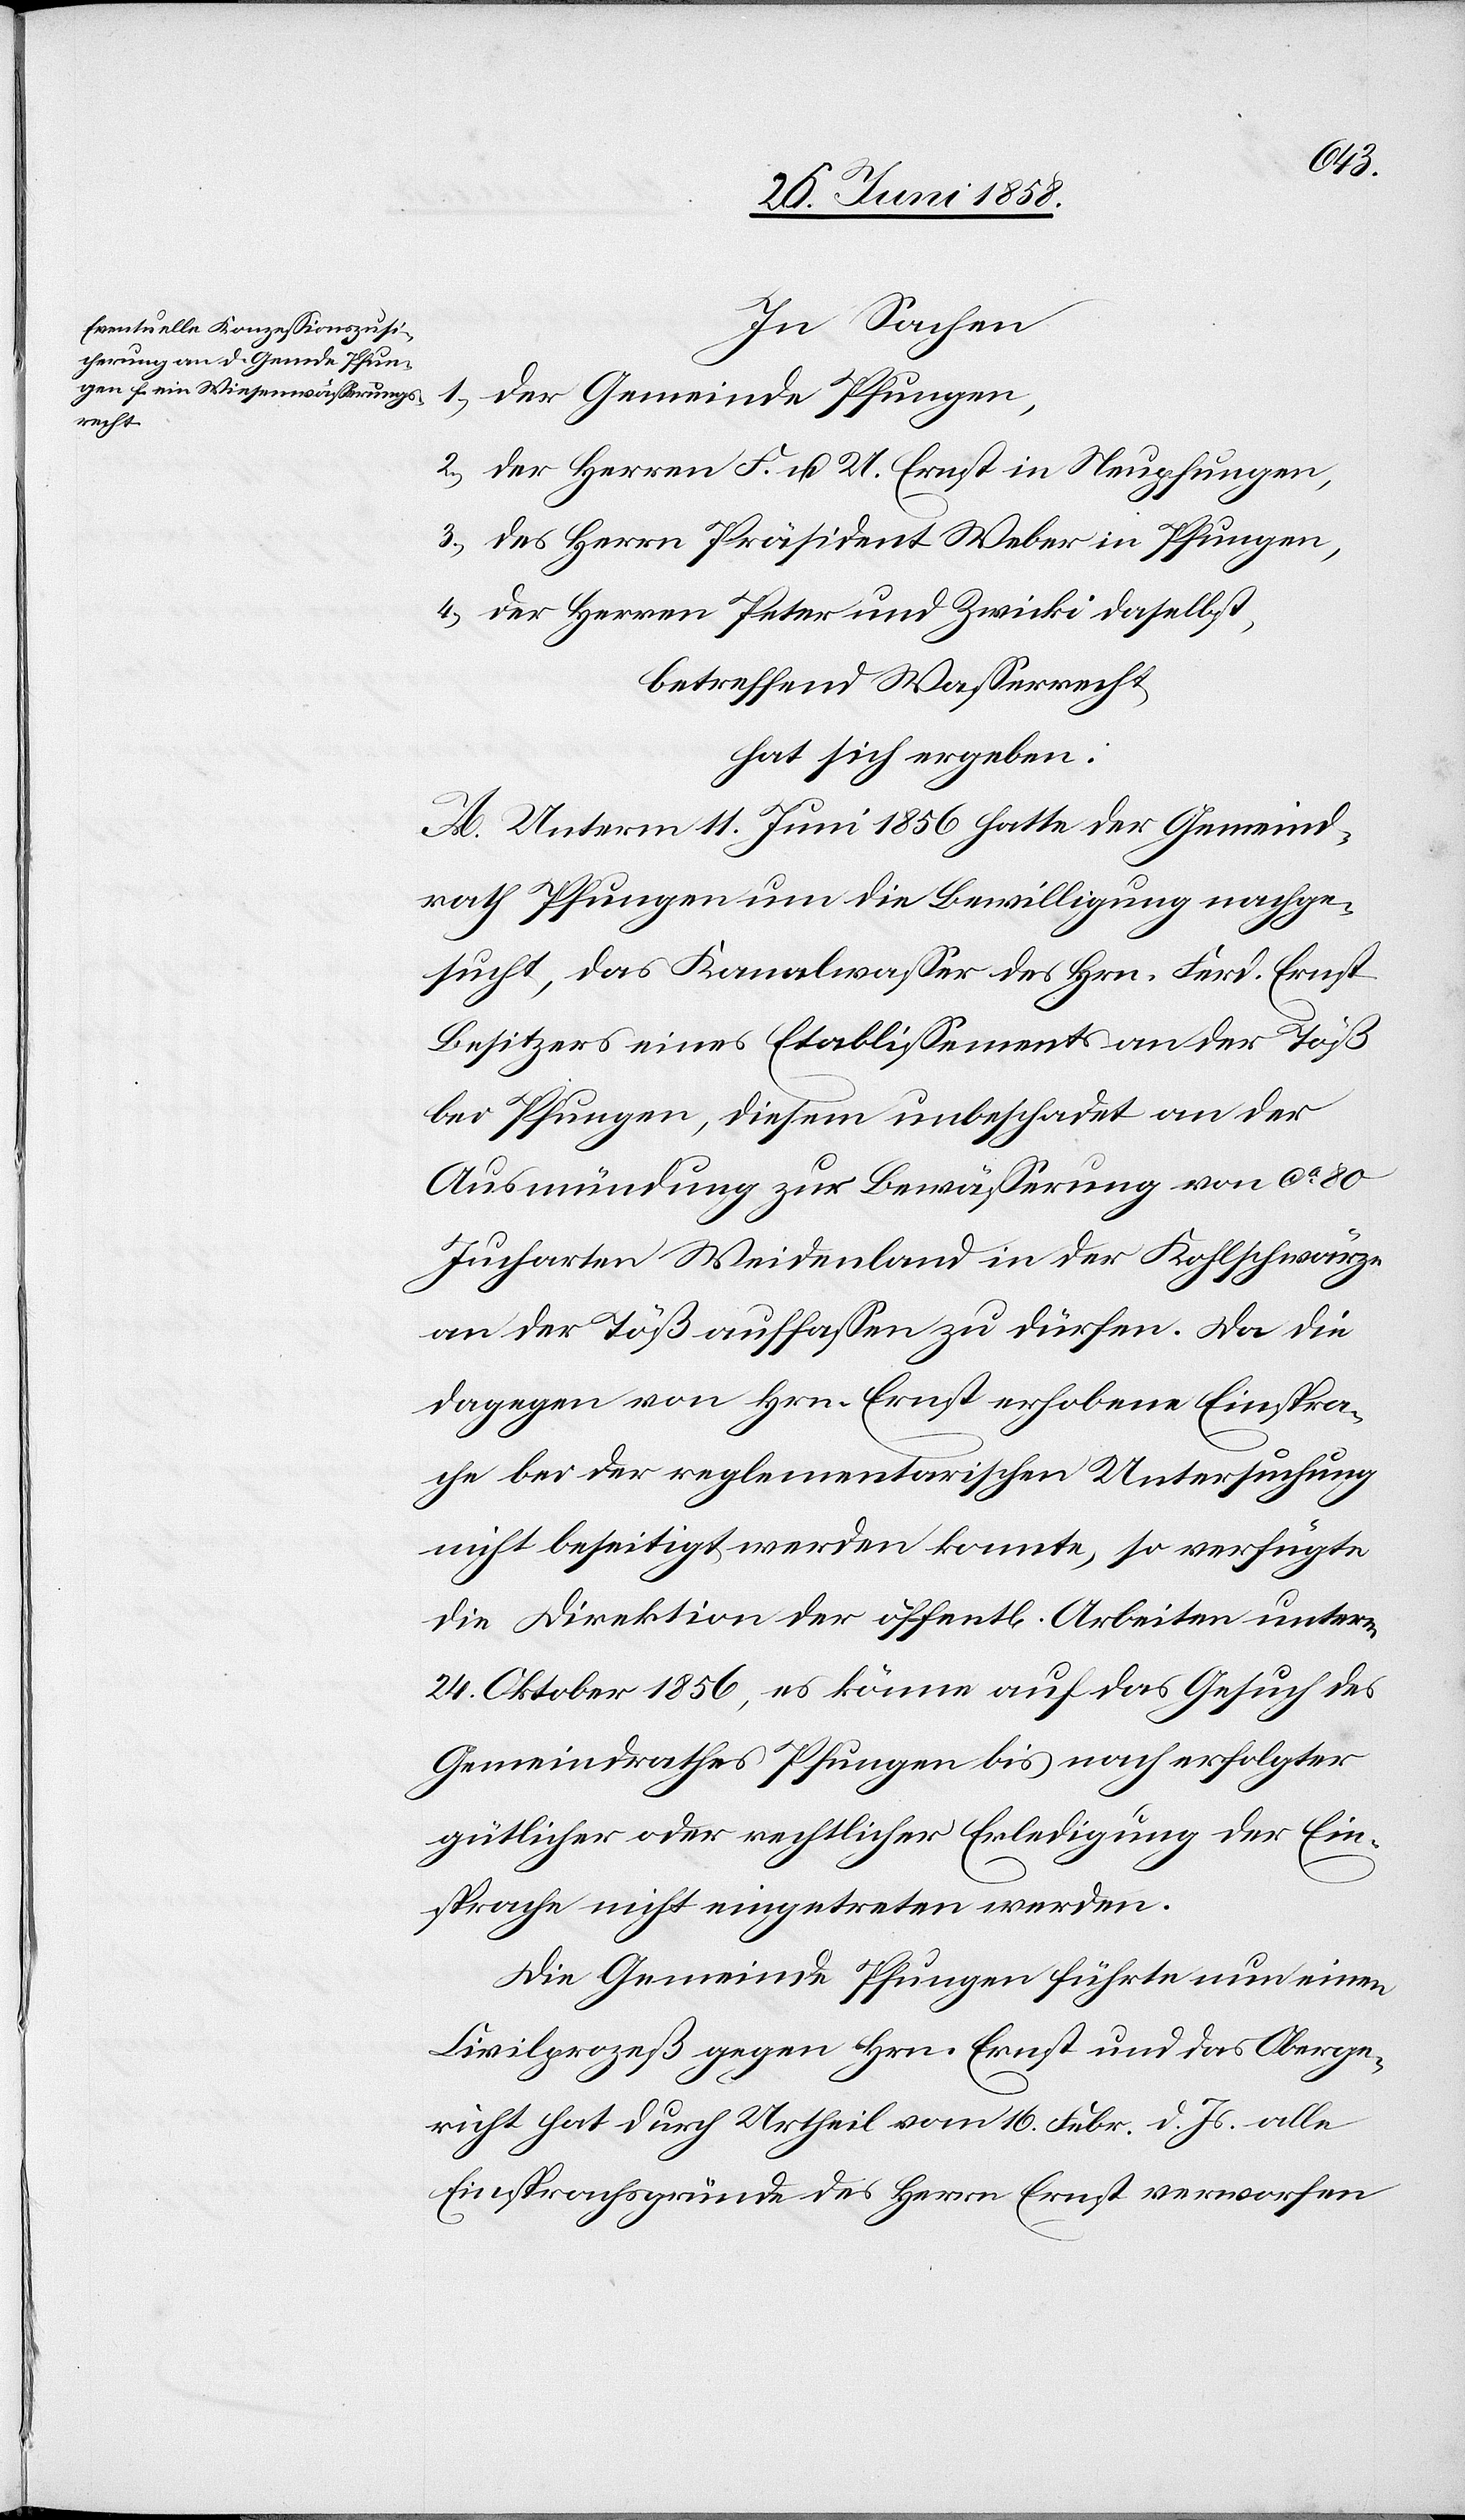
In Sachen
1.) der Gemeinde Pfungen,
2.) der Herren F. u. U. Ernst in Neupfungen,
3.) des Herrn Präsident Weber in Pfungen,
4.) der Herren Peter und Zwicki daselbst,
betreffend Wasserrecht,
hat sich ergeben:
A. Unterm 11. Juni 1856 hatte der Gemeind¬
rath Pfungen um die Bewilligung nachge¬
sucht, das Kanalwasser des Hrn. Ferd. Ernst
Besitzers eines Etablissements an der Töß
bei Pfungen, diesem unbeschadet an der
Ausmündung zur Bewässerung von ca. 80
Jucharten Weidenland in der Kohlschwärze
an der Töß auffassen zu dürfen. Da die
dagegen von Hrn. Ernst erhobene Einspra¬
che bei der reglementarischen Untersuchung
nicht beseitigt werden konnte, so verfügte
die Direktion der öffent[lichen] Arbeiten unterm
24. Oktober 1856, es könne auf das Gesuch des
Gemeindrathes Pfungen bis nach erfolgter
gütlicher oder rechtlicher Erledigung der Ein¬
sprache nicht eingetreten werden.
Die Gemeinde Pfungen führte nun einen
Civilprozeß gegen Hrn. Ernst und das Oberge¬
richt hat durch Urtheil vom 16. Febr. d. Js. alle
Einsprachsgründe des Herrn Ernst verworfen